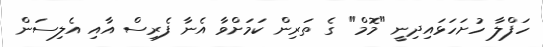
ހަފްލާ ހުށަހަޅައިދިނީ "މޮމް" ގެ ތަރިން ކަމަށްވާ އެނާ ފެރިސް އާއި އެލިސަން